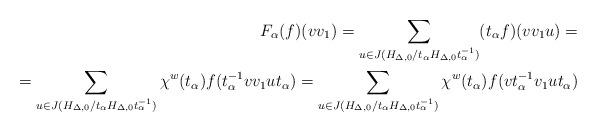
LaTeX: \begin{align*}F_\alpha(f)(vv_1)=\sum_{u\in J(H_{\Delta,0}/t_\alpha H_{\Delta,0}t_\alpha^{-1})}(t_\alpha f)(vv_1u)=\\=\sum_{u\in J(H_{\Delta,0}/t_\alpha H_{\Delta,0}t_\alpha^{-1})}\chi^w(t_\alpha)f(t_\alpha^{-1}vv_1ut_\alpha)=\sum_{u\in J(H_{\Delta,0}/t_\alpha H_{\Delta,0}t_\alpha^{-1})}\chi^w(t_\alpha)f(vt_\alpha^{-1}v_1ut_\alpha)\end{align*}